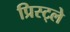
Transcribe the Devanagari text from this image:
प्रिस्ट्ले